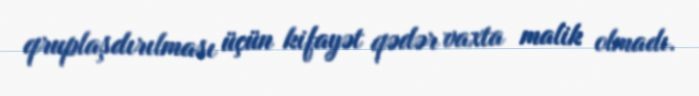
qruplaşdırılması üçün kifayət qədər vaxta malik olmadı.